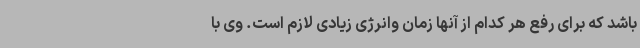
باشد که برای رفع هر کدام از آنها زمان وانرژی زیادی لازم است. وی با